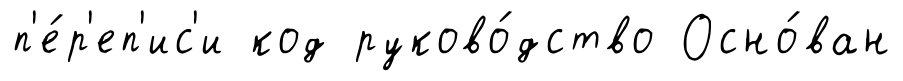
п'е́р'еп'ис'и код руково́дство Осно́ван